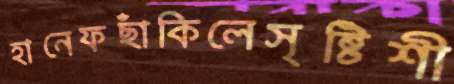
হানেফছাঁকিলেসৃষ্টিশী